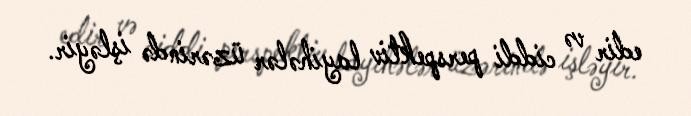
edir və ciddi perspektiv layihələr üzərində işləyir.